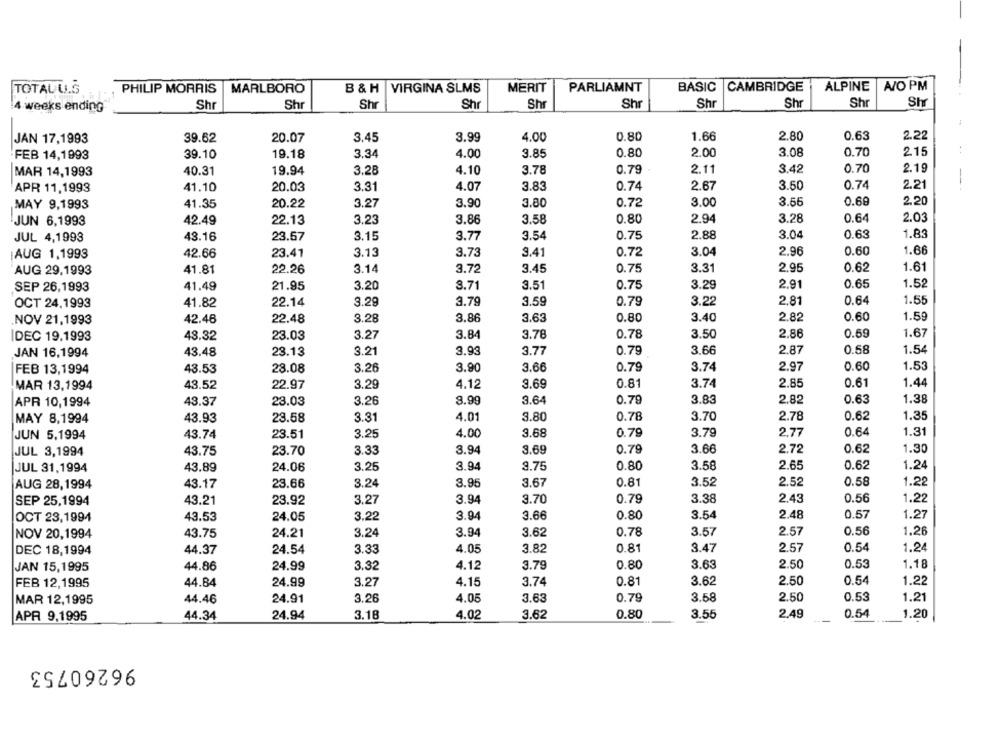
PHILIP MORRIS
MARLBORO
B & H
VIRGINA SLMS
MERIT
PARLIAMNT
BASIC CAMBRIDGE
ALPINE
A/O PM
TOTALU.S
Shr
Shr
Shr
Sh
Str
4 weeks ending
Shr
Shr
Shr
Sh
Sh
JAN 17,1993
39.62
20.07
3.45
3.99
4.00
0.80
1.66
2.80
0.63
2.22
-FEB 14,1993
39.10
19.18
3.34
4.00
3.85
0.80
2.00
3.08
0.70
2.15
19.94
3.28
4.10
3.78
0.79
2.11
3.42
0.70
2.19
MAR 14,1993
40.31
4.07
3.83
2.67
3.50
0.74
2.21
APR 11,1993
41.10
20.03
3.31
0.74
--
2.20
MAY 9,1993
41.35
20.22
3.27
3.90
3.80
0.72
3.00
3.56
0.69
JUN 6,1993
42.49
22.13
3.23
3.86
3.58
0.80
2.94
3.28
0.64
2.03
JUL 4,1998
43.16
23.57
3.15
3.77
3.54
0.75
2.88
3.04
0.63
1.83
23.41
3.13
3.73
9.41
0.72
3.04
2.96
0.60
1.66
AUG 1,1993
42.66
3.31
2.95
1.61
AUG 29,1993
41.81
22.26
3.14
3.72
3.45
0.75
0.62
SEP 26,1993
41.49
21.95
3.20
3.71
3.51
0.75
3.29
2.91
0.65
1.52
OCT 24,1993
41.82
22.14
3.29
3.79
3.59
0.79
3.22
2.81
0.64
1.55
42.48
22.48
3.28
3.86
3.63
0.80
3.40
2.82
0.60
1.59
NOV 21,1993
3.84
3.78
0.78
3.50
2.86
0.69
1.67
DEC 19.1993
43.32
23.03
3.27
JAN 16,1994
43.48
23.13
3.21
3.93
3.77
0.79
3.66
2.87
0.58
1.54
FEB 13,1994
43.53
28.08
3.26
3.90
3.66
0.79
3.74
2.97
0.60
1.53
MAR 13,1994
43.52
22.97
3.29
4.12
3.69
0.81
3.74
2.85
0.61
1.44
3.26
8.99
3.64
0.79
3.83
2.82
0.63
1.38
APR 10,1994
43.37
23.03
1.35
MAY 8,1994
43.93
23.58
3.31
4.01
3.80
0.78
3.70
2.78
0.62
1.31
JUN 5,1994
43.74
23.51
3.25
4.00
3.68
0.79
3.79
2.77
0.64
JUL 3,1994
43.75
23.70
3.33
3.94
3.69
0.79
3.66
2.72
0.62
1.30
JUL 31,1994
24.06
3.25
3.94
3.75
0.80
3.58
2.65
0.62
1.24
43.89
3.24
3.67
0.81
3.52
2.52
0.58
1.22
AUG 28,1994
43.17
23.66
3.95
SEP 25,1994
43.21
23.92
3.27
3.94
3.70
0.79
3.38
2.43
0.56
1.22
OCT 23,1994
43.53
24.05
3.22
3.94
3.66
0.80
3.54
2.48
0.57
1.27
NOV 20,1994
43.75
24.21
3.24
3.94
3.62
0.78
3.57
2.57
0.56
1.26
DEC 18,1994
44.37
24.54
3.33
4.05
3.82
0.81
3.47
2.57
0.54
1.24
24.99
3.79
0.80
3.63
2.50
0.53
1.18
JAN 15,1995
44.86
3.32
4.12
FEB 12,1995
44.84
24.99
3.27
4.15
3.74
0.81
3.62
2.50
0.54
1.22
MAR 12,1995
44.46
24.91
3.26
4.05
3.63
0.79
3.58
2.50
0.53
1.21
24.94
3.18
4.02
3.62
0.80
3.55
2.49
0.54
1.20
APR 9,1995
44.34
96260753